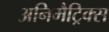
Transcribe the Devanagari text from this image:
अनिमैट्रिक्स